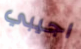
اجيبي